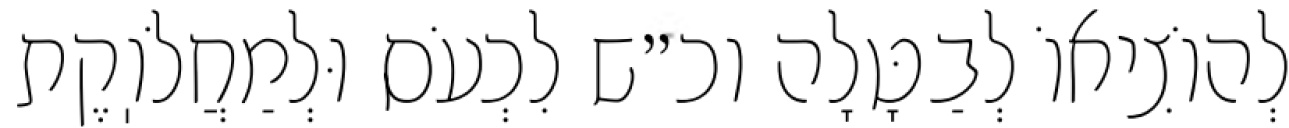
לְהוֹצִיאוֹ לְבַטָּלָה וכ״ש לִכְעֹס וּלְמַחֲלֹוֽקֶת